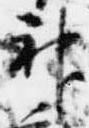
神